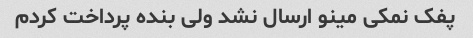
پفک نمکی مینو ارسال نشد ولی بنده پرداخت کردم